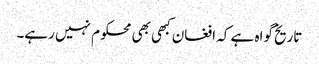
تاریخ گواہ ہے کہ افغان کبھی بھی محکوم نہیں رہے۔